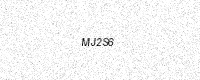
Text: MJ2S6